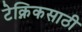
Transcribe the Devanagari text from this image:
टेक्निकसाठी